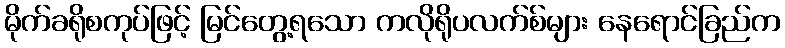
မိုက်ခရိုစကုပ်ဖြင့် မြင်တွေ့ရသော ကလိုရိုပလက်စ်များ နေရောင်ခြည်က